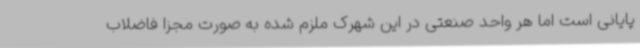
پایانی است اما هر واحد صنعتی در این شهرک ملزم شده به صورت مجزا فاضلاب